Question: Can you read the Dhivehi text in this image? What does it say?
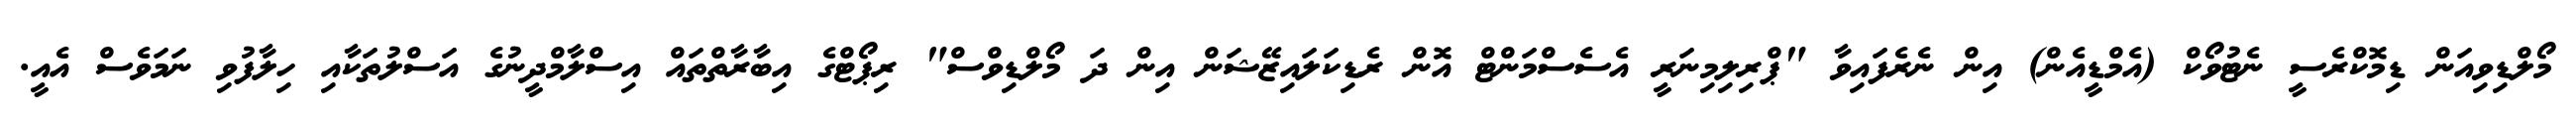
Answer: މޯލްޑިވިއަން ޑިމޮކްރެސީ ނެޓުވޯކް (އެމްޑީއެން) އިން ނެރެފައިވާ "ޕްރިލިމިނަރީ އެސެސްމަންޓް އޮން ރެޑިކަލައިޒޭޝަން އިން ދަ މޯލްޑިވްސް" ރިޕޯޓްގެ އިބާރާތްތައް އިސްލާމްދީނުގެ އަސްލުތަކާއި ހިލާފުވި ނަމަވެސް އެއީ.